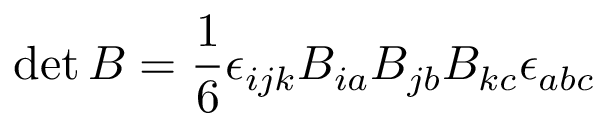
\operatorname* { d e t } B = \frac { 1 } { 6 } \epsilon _ { i j k } B _ { i a } B _ { j b } B _ { k c } \epsilon _ { a b c }